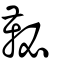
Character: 䩛